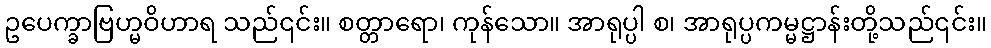
ဥပေက္ခာဗြဟ္မဝိဟာရ သည်၎င်း။ စတ္တာရော၊ ကုန်သော။ အာရုပ္ပါ စ၊ အာရုပ္ပကမ္မဋ္ဌာန်းတို့သည်၎င်း။